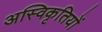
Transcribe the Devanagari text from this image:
अस्विकृतियों